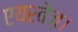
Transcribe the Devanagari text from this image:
एयरवेज़।